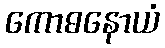
ကောဓနောယံ